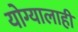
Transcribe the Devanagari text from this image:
योग्यालाही